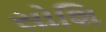
સોશિ